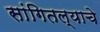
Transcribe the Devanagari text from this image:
सांगितल्याचे